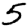
Digit: 5